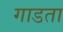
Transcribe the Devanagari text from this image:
गाडता